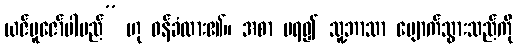
ယဇ်ပူဇော်ပါမည်” ဟု ဝန်ခံထား၏။ အစာ မရ၍ သူ့ဘာသာ ပျောက်သွားသည်ကို